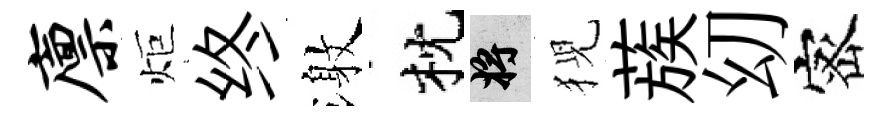
廪炬终激枕將猊蔟㓜宻